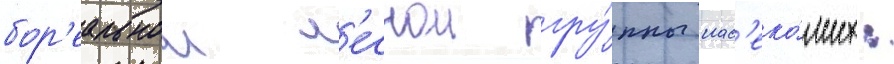
бор'еальнои л'еснои гру́ппы нас'еко́мых: